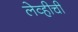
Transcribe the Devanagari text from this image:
लेव्हीची